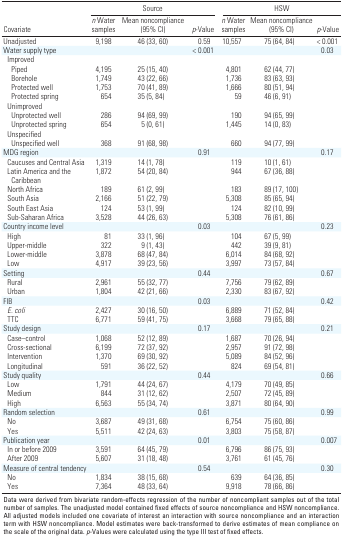
<table><thead><tr><td rowspan="2"><b>Covariate</b></td><td colspan="3"><b>Source</b></td><td colspan="3"><b>HSW</b></td></tr><tr><td><b><i>n</i> Water samples</b></td><td><b>Mean noncompliance (95% CI)</b></td><td><b><i>p</i>‐Value</b></td><td><b><i>n</i> Water samples</b></td><td><b>Mean noncompliance (95% CI)</b></td><td><b><i>p</i>‐Value</b></td></tr></thead><tbody><tr><td><b>Unadjusted</b></td><td>9,198</td><td>46 (33, 60)</td><td>0.59</td><td>10,557</td><td>75 (64, 84)</td><td>&lt; 0.001</td></tr><tr><td><b>Water supply type</b></td><td></td><td></td><td>&lt; 0.001</td><td></td><td></td><td>0.03</td></tr><tr><td><b>Improved</b></td></tr><tr><td><b>Piped</b></td><td>4,195</td><td>25 (15, 40)</td><td></td><td>4,801</td><td>62 (44, 77)</td></tr><tr><td><b>Borehole</b></td><td>1,749</td><td>43 (22, 66)</td><td></td><td>1,736</td><td>83 (63, 93)</td></tr><tr><td><b>Protected well</b></td><td>1,753</td><td>70 (41, 89)</td><td></td><td>1,666</td><td>80 (51, 94)</td></tr><tr><td><b>Protected spring</b></td><td>654</td><td>35 (5, 84)</td><td></td><td>59</td><td>46 (6, 91)</td></tr><tr><td><b>Unimproved</b></td></tr><tr><td><b>Unprotected well</b></td><td>286</td><td>94 (69, 99)</td><td></td><td>190</td><td>94 (65, 99)</td></tr><tr><td><b>Unprotected spring</b></td><td>654</td><td>5 (0, 61)</td><td></td><td>1,445</td><td>14 (0, 83)</td></tr><tr><td><b>Unspecified</b></td></tr><tr><td><b>Unspecified well</b></td><td>368</td><td>91 (68, 98)</td><td></td><td>660</td><td>94 (77, 99)</td></tr><tr><td><b>MDG region</b></td><td></td><td></td><td>0.91</td><td></td><td></td><td>0.17</td></tr><tr><td><b>Caucuses and Central Asia</b></td><td>1,319</td><td>14 (1, 78)</td><td></td><td>119</td><td>10 (1, 61)</td></tr><tr><td><b>Latin America and the Caribbean</b></td><td>1,872</td><td>54 (20, 84)</td><td></td><td>944</td><td>67 (36, 88)</td></tr><tr><td><b>North Africa</b></td><td>189</td><td>61 (2, 99)</td><td></td><td>183</td><td>89 (17, 100)</td></tr><tr><td><b>South Asia</b></td><td>2,166</td><td>51 (22, 79)</td><td></td><td>5,308</td><td>85 (65, 94)</td></tr><tr><td><b>South East Asia</b></td><td>124</td><td>53 (1, 99)</td><td></td><td>124</td><td>82 (10, 99)</td></tr><tr><td><b>Sub-Saharan Africa</b></td><td>3,528</td><td>44 (26, 63)</td><td></td><td>5,308</td><td>76 (61, 86)</td></tr><tr><td><b>Country income level</b></td><td></td><td></td><td>0.03</td><td></td><td></td><td>0.23</td></tr><tr><td><b>High</b></td><td>81</td><td>33 (1, 96)</td><td></td><td>104</td><td>67 (5, 99)</td></tr><tr><td><b>Upper-middle</b></td><td>322</td><td>9 (1, 43)</td><td></td><td>442</td><td>39 (9, 81)</td></tr><tr><td><b>Lower-middle</b></td><td>3,878</td><td>68 (47, 84)</td><td></td><td>6,014</td><td>84 (68, 92)</td></tr><tr><td><b>Low</b></td><td>4,917</td><td>39 (23, 56)</td><td></td><td>3,997</td><td>73 (57, 84)</td></tr><tr><td><b>Setting</b></td><td></td><td></td><td>0.44</td><td></td><td></td><td>0.67</td></tr><tr><td><b>Rural</b></td><td>2,961</td><td>55 (32, 77)</td><td></td><td>7,756</td><td>79 (62, 89)</td></tr><tr><td><b>Urban</b></td><td>1,804</td><td>42 (21, 66)</td><td></td><td>2,330</td><td>83 (67, 92)</td></tr><tr><td><b>FIB</b></td><td></td><td></td><td>0.03</td><td></td><td></td><td>0.42</td></tr><tr><td><b><i>E. coli</i></b></td><td>2,427</td><td>30 (16, 50)</td><td></td><td>6,889</td><td>71 (52, 84)</td></tr><tr><td><b>TTC</b></td><td>6,771</td><td>59 (41, 75)</td><td></td><td>3,668</td><td>79 (65, 88)</td></tr><tr><td><b>Study design</b></td><td></td><td></td><td>0.17</td><td></td><td></td><td>0.21</td></tr><tr><td><b>Case–control</b></td><td>1,068</td><td>52 (12, 89)</td><td></td><td>1,687</td><td>70 (26, 94)</td></tr><tr><td><b>Cross-sectional</b></td><td>6,199</td><td>72 (37, 92)</td><td></td><td>2,957</td><td>91 (72, 98)</td></tr><tr><td><b>Intervention</b></td><td>1,370</td><td>69 (30, 92)</td><td></td><td>5,089</td><td>84 (52, 96)</td></tr><tr><td><b>Longitudinal</b></td><td>591</td><td>36 (22, 52)</td><td></td><td>824</td><td>69 (54, 81)</td></tr><tr><td><b>Study quality</b></td><td></td><td></td><td>0.44</td><td></td><td></td><td>0.66</td></tr><tr><td><b>Low</b></td><td>1,791</td><td>44 (24, 67)</td><td></td><td>4,179</td><td>70 (49, 85)</td></tr><tr><td><b>Medium</b></td><td>844</td><td>31 (12, 62)</td><td></td><td>2,507</td><td>72 (45, 89)</td></tr><tr><td><b>High</b></td><td>6,563</td><td>55 (34, 74)</td><td></td><td>3,871</td><td>80 (64, 90)</td></tr><tr><td><b>Random selection</b></td><td></td><td></td><td>0.61</td><td></td><td></td><td>0.99</td></tr><tr><td><b>No</b></td><td>3,687</td><td>49 (31, 68)</td><td></td><td>6,754</td><td>75 (60, 86)</td></tr><tr><td><b>Yes</b></td><td>5,511</td><td>42 (24, 63)</td><td></td><td>3,803</td><td>75 (58, 87)</td></tr><tr><td><b>Publication year</b></td><td></td><td></td><td>0.01</td><td></td><td></td><td>0.007</td></tr><tr><td><b>In or before 2009</b></td><td>3,591</td><td>64 (45, 79)</td><td></td><td>6,796</td><td>86 (75, 93)</td></tr><tr><td><b>After 2009</b></td><td>5,607</td><td>31 (18, 48)</td><td></td><td>3,761</td><td>61 (45, 76)</td></tr><tr><td><b>Measure of central tendency</b></td><td></td><td></td><td>0.54</td><td></td><td></td><td>0.30</td></tr><tr><td><b>No</b></td><td>1,834</td><td>38 (15, 68)</td><td></td><td>639</td><td>64 (36, 85)</td></tr><tr><td><b>Yes</b></td><td>7,364</td><td>48 (33, 64)</td><td></td><td>9,918</td><td>78 (66, 86)</td></tr><tr><td colspan="7">Data were derived from bivariate random-effects regression of the number of noncompliant samples out of the total number of samples. The unadjusted model contained fixed effects of source noncompliance and HSW noncompliance. All adjusted models included one covariate of interest an interaction with source noncompliance and an interaction term with HSW noncompliance. Model estimates were back-transformed to derive estimates of mean compliance on the scale of the original data. <i>p</i>-Values were calculated using the type III test of fixed effects.</td></tr></tbody></table>